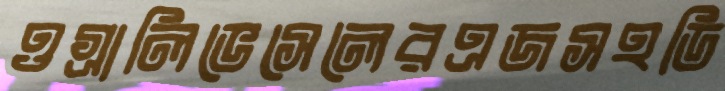
ওগ্‌রালিভেসেলেরএজসহডি